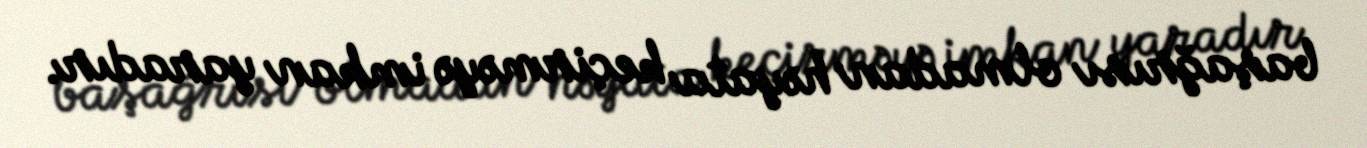
başağrısı olmadan həyata keçirməyə imkan yaradır.